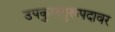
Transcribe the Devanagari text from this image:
उपकुलगुरूपदावर